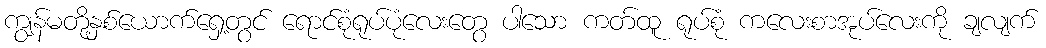
ကျွန်မတို့နှစ်ယောက်ရှေ့တွင် ရောင်စုံရုပ်ပုံလေးတွေ ပါသော ကတ်ထူ ရုပ်စုံ ကလေးစာအုပ်လေးကို ချလျက်